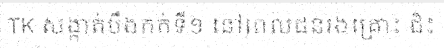
TK សង្កាត់បឹងកក់ទី១ នៅពេលជនរងគ្រោះ ជិះ